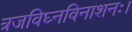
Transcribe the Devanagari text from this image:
त्रजविघ्नविनाशनः।